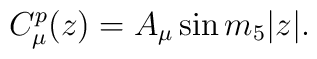
C^p_\mu (z) = A_\mu \sin m_5 |z|.